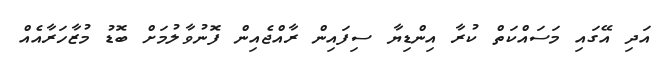
އަދި އޭގައި މަސައްކަތް ކުރާ އިންޑިޔާ ސިފައިން ރާއްޖެއިން ފޮނުވާލުމަށް ބޮޑު މުޒާހަރާއެއް